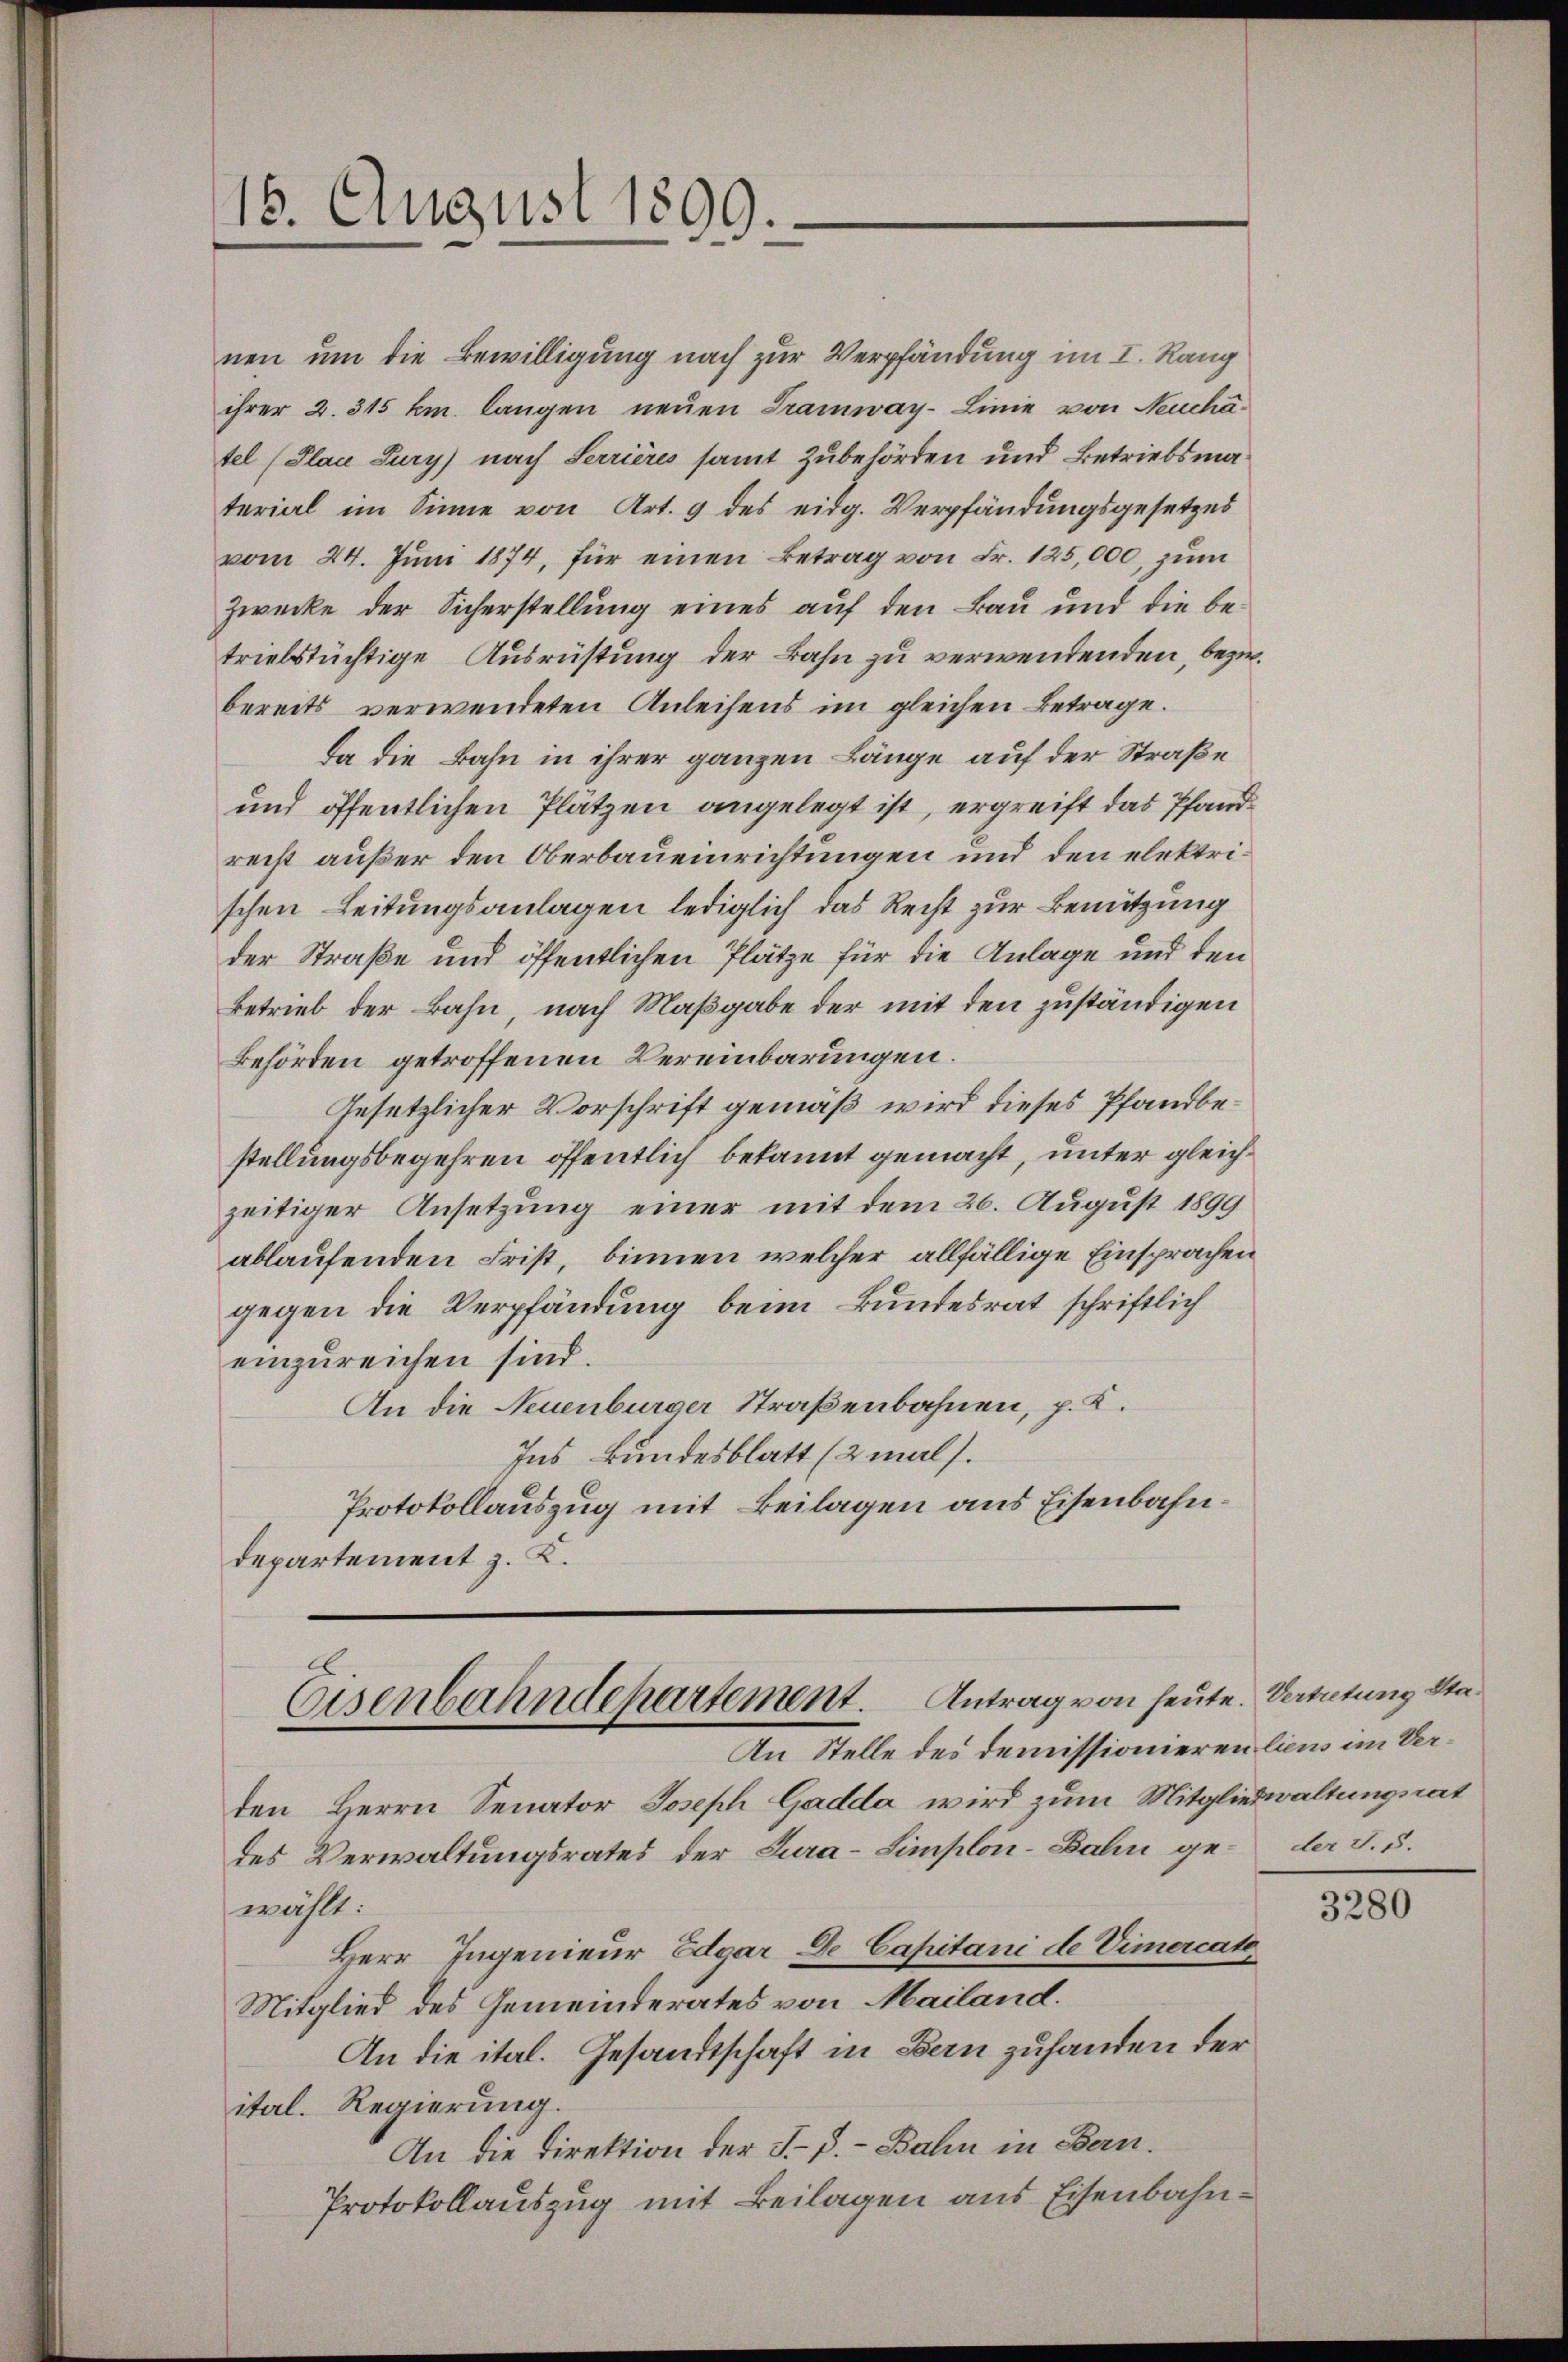
18. August 1899.

nen um die Bewilligung nach zur Verpfändung im I. Rang
ihrer 2. 315 km langen neuen Tramway-Linie von Neuchätel (Plan Tury) nach Serrières samt Zubehörden und Betriebsmaterial im Sinne von Art. 9 des eidg. Verpfändungsgesetzes
vom 24. Jŭni 1874, für einen Betrag von Fr. 125,000, zum
Zwecke der Sicherstellung eines auf den Bau und die betriebstüchtige Ausrüstung der Bahn zu verwendenden, bezw.
bereits verwendeten Anleihens im gleichen Betrage.
da die Bahn in ihrer ganzen Länge auf der Straße
und öffentlichen Plätzen angelegt ist, ergreift das Pfandrecht außer den Oberbaueinrichtungen und den elektrischen Leitungsanlagen lediglich das Recht zur Benützung
der Straße und öffentlichen Plätze für die Anlage und den
Betrieb der Bahn, nach Maßgabe der mit den zuständigen
Behörden getroffenen Vereinbarungen.
Gesetzlicher Vorschrift gemäß wird dieses Pfandbestellungsbegehren öffentlich bekannt gemacht, unter gleichzeitiger Ansetzung einer mit dem 26. August 1899
ablaufenden Frist, binnen welcher allfällige Einsprachen
gegen die Verpfändung beim Bundesrat schriftlich
einzureichen sind.
An die Neuenburger Straßenbahnen, p. K.
Ins Bundesblatt (2 mal.
Protokollauszug mit Beilagen aus Eisenbahndepartement z. K.
E.

Eisenbahndepartement. Antrag von heute. Vertretung Sta¬
An Stelle des Demissionieren liens im Ver¬

dten Herrn Senator Joseph Gadda wird zum Mitgliedwaltungsrat
des Verwaltungsrates der Tura-Simplon-Bahn ge- der S. 5.
wählt:
Herr Ingenieur Edgar de Capitani de Vimercate
Mitglied des Gemeinderates von Mailand.
An die ital. Gesandtschaft in Bern zuhanden der
itel. Regierung.
An die Direktion der J. P. - Bahn in Bern.
Protokollauszug mit Beilagen aus Eisenbahn¬

3280